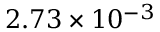
2 . 7 3 \times 1 0 ^ { - 3 }